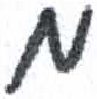
אות: מ